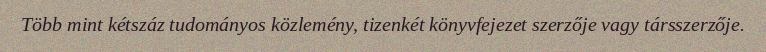
Több mint kétszáz tudományos közlemény, tizenkét könyvfejezet szerzője vagy társszerzője.